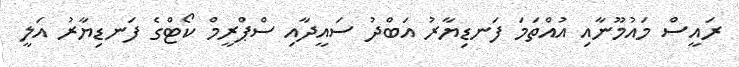
ރައީސް މައުމޫނާއި އުއްތަމަ ފަނޑިޔާރު އަބްދު ސައީދާއި ސްޕްރީމް ކޯޓްގެ ފަނޑިޔާރު އަލީ